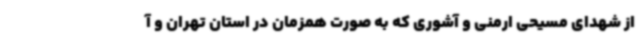
از شهدای مسیحی ارمنی و آشوری که به صورت همزمان در استان تهران و آ